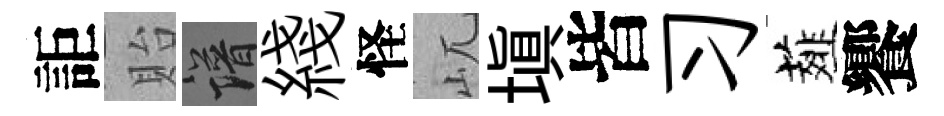
詎貽譜綫怪屼塡皆习薤饗